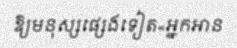
ឱ្យមនុស្សផ្សេងទៀត«អ្នកអាន